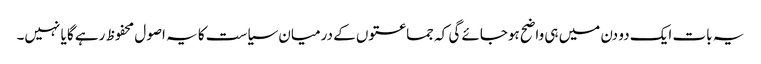
یہ بات ایک دو دن میں ہی واضح ہوجائے گی کہ جماعتوں کے درمیان سیاست کا یہ اصول محفوظ رہے گا یا نہیں۔